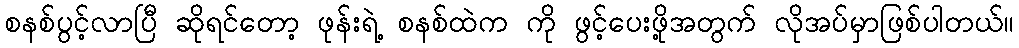
စနစ်ပွင့်လာပြီ ဆိုရင်တော့ ဖုန်းရဲ့ စနစ်ထဲက ကို ဖွင့်ပေးဖို့အတွက် လိုအပ်မှာဖြစ်ပါတယ်။